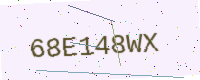
Text: 68E148WX